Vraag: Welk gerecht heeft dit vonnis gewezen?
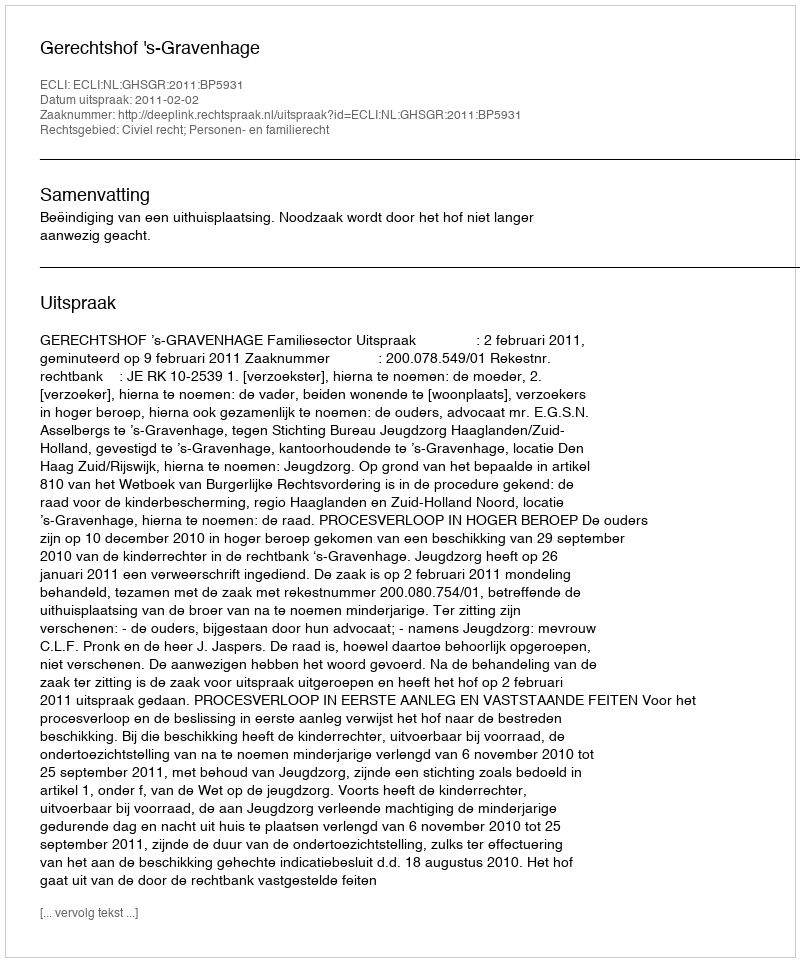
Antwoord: Gerechtshof 's-Gravenhage